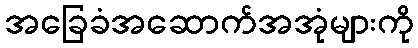
အခြေခံအဆောက်အအုံများကို